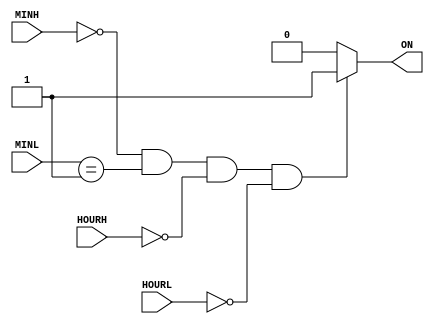
module SPEAKER (
		input	[1:0]	HOURH,
		input [2:0]	MINH,
		input	[3:0]	HOURL,MINL,
		output	reg	ON
);

wire hh = 2'd0;
wire hl = 4'd0;
wire mh = 3'd0;
wire ml = 4'd1;

always @* begin
	if( (MINH == mh) && (MINL == ml) && (HOURH == hh) && (HOURL == hl) )
			ON = 1'b1;
	else
			ON = 1'b0;
end

endmodule